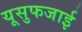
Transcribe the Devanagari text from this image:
यूसुफजाई